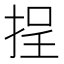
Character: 挰